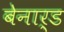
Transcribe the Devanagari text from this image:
बेनार्ड